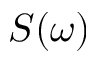
S ( \omega )